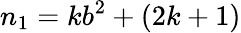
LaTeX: n_{1}=kb^{2}+(2k+1)